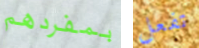
بمفردهم تفعل